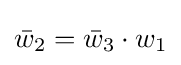
{\bar {w}}_{2}={\bar {w}}_{3}\cdot w_{1}